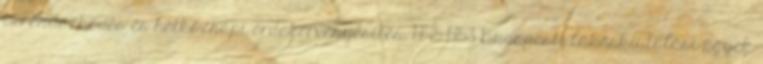
berendezkedés és hétköznapi érdekérvényesítés, 1945 1953 Budapesti lakáskiutalási ügyek